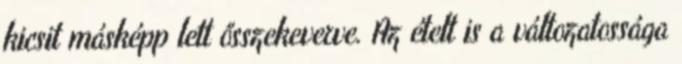
kicsit másképp lett ősszekeverve. Az ételt is a változatossága